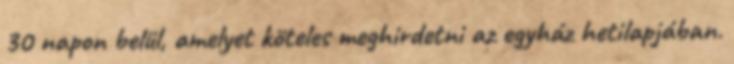
30 napon belül, amelyet köteles meghirdetni az egyház hetilapjában.